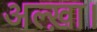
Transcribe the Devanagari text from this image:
अल्ख़ा।